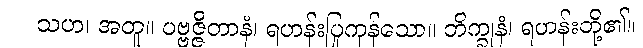
သဟ၊ အတူ။ ပဗ္ဗဇ္ဇိတာနံ၊ ရဟန်းပြုကုန်သော။ ဘိက္ခုနံ၊ ရဟန်းတို့၏။